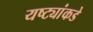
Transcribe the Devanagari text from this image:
यष्ट्यांकडे